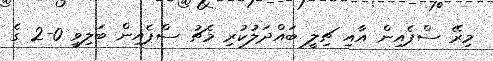
މިރޭ ސްޕެއިން އާއި ޗިލީ ބައްދަލުކުރި މެޗު ސްޕެއިން ބަލިވީ 0-2 ގެ